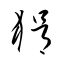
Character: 狷